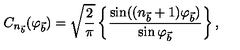
C _ { n _ { \vec { b } } } ( \varphi _ { \vec { b } } ) = \sqrt { \frac { 2 } { \pi } } \left\{ \frac { \sin ( ( n _ { \vec { b } } + 1 ) \varphi _ { \vec { b } } ) } { \sin \varphi _ { \vec { b } } } \right\} ,